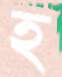
হ